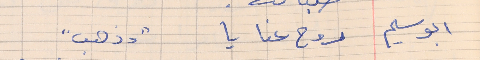
ابو سليم    روح عنا يا "وذهب"